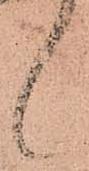
候